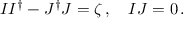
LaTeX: I I ^ { \dagger } - J ^ { \dagger } J = \zeta \, , \quad I J = 0 \, .